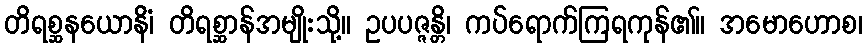
တိရစ္ဆနယောနိံ၊ တိရစ္ဆာန်အမျိုးသို့။ ဥပပဇ္ဇန္တိ၊ ကပ်ရောက်ကြရကုန်၏။ အမောဟောစ၊